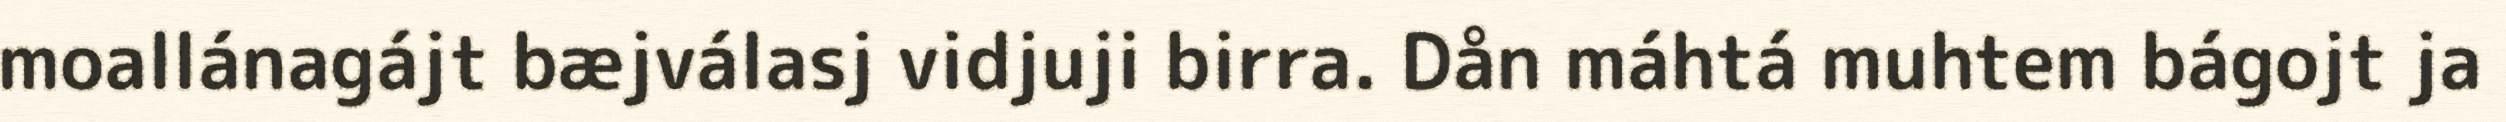
moallánagájt bæjválasj vidjuji birra. Dån máhtá muhtem bágojt ja